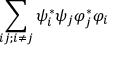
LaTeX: \sum _ { i j ; i \neq j } \psi _ { i } ^ { * } \psi _ { j } \varphi _ { j } ^ { * } \varphi _ { i }